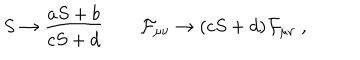
S \to { \frac { a S + b } { c S + d } } \qquad { \cal F } _ { \mu \nu } \to ( c S + d ) { \cal F } _ { \mu \nu } \ ,